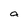
Character: a